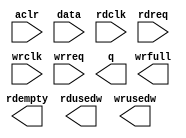
module fifo_4kx16_dc (
	aclr,
	data,
	rdclk,
	rdreq,
	wrclk,
	wrreq,
	q,
	rdempty,
	rdusedw,
	wrfull,
	wrusedw);

	input	  aclr;
	input	[15:0]  data;
	input	  rdclk;
	input	  rdreq;
	input	  wrclk;
	input	  wrreq;
	output	[15:0]  q;
	output	  rdempty;
	output	[11:0]  rdusedw;
	output	  wrfull;
	output	[11:0]  wrusedw;

endmodule